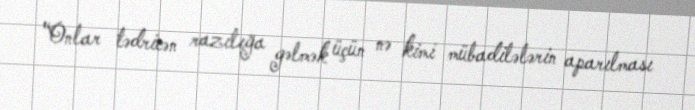
“Onlar tədricən razılığa gəlmək üçün nə kimi mübadilələrin aparılması